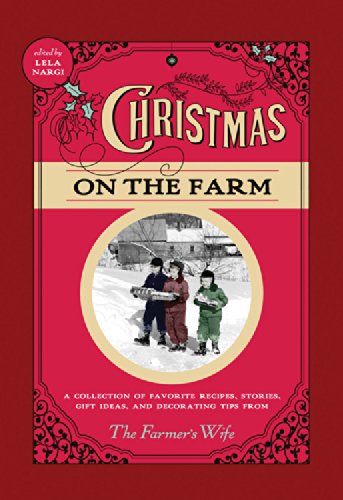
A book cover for Christmas on the Farm: A Collection of Favorite Recipes, Stories, Gift Ideas, and Decorating Tips from The Farmer's Wife; Cookbooks, Food & Wine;